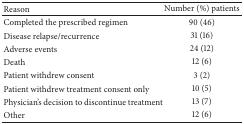
<table><thead><tr><td><b>Reason</b></td><td><b>Number (%) patients</b></td></tr></thead><tbody><tr><td>Completed the prescribed regimen</td><td>90 (46)</td></tr><tr><td>Disease relapse/recurrence</td><td>31 (16)</td></tr><tr><td>Adverse events</td><td>24 (12)</td></tr><tr><td>Death</td><td>12 (6)</td></tr><tr><td>Patient withdrew consent</td><td>3 (2)</td></tr><tr><td>Patient withdrew treatment consent only</td><td>10 (5)</td></tr><tr><td>Physician&#x27;s decision to discontinue treatment</td><td>13 (7)</td></tr><tr><td>Other</td><td>12 (6)</td></tr></tbody></table>